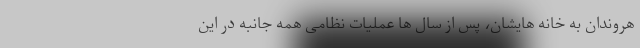
هروندان به خانه هایشان، پس از سال ها عملیات نظامی همه جانبه در این